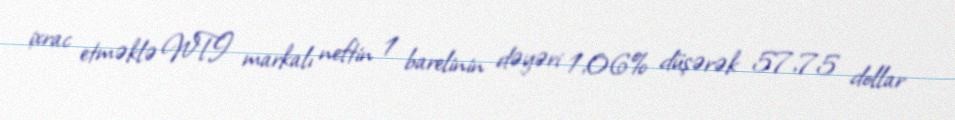
ixrac etməklə WTI markalı neftin 1 barelinin dəyəri 1,06% düşərək 57,75 dollar